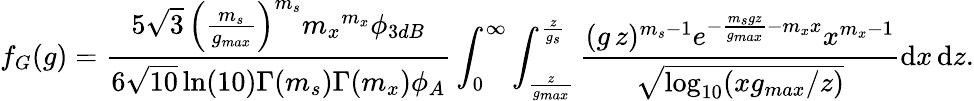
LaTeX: f_{G}(g)=\frac{5\sqrt{3}\, \Big(\frac{m_{s}}{g_{max}}\Big)^{m_{s}}{m_{x}}^{m_{x}}\phi_{3dB}}{6\sqrt{10}\, \mathrm{{ln}}(10)\Gamma(m_{s})\Gamma(m_{x})\phi_{A}}\int_{0}^{\infty}\int_{\frac{z}{g_{max}}}^{\frac{z}{g_{s}}}\frac{(g\, z)^{m_{s}-1}e^{-\frac{m_{s}gz}{g_{max}}-m_{x}x}x^{m_{x}-1}}{\sqrt{{\mathrm{log}}_{10}(xg_{max}/z)}}\mathrm{d}x\, \mathrm{d}z.